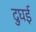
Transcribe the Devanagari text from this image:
दुघई